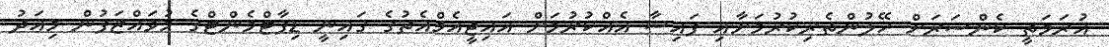
އުރަމަތީ ކެންސަރަށް ހޭލުންތެރިކުރުމަށާއި ފައިސާ އެއްކުރުމަށް އައިޖީއެމްއެޗުގެ ގައިނީ ޑިޕާޓްމެންޓްގެ މުވައްޒަފުން މިއަދު